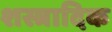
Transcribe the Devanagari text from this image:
शस्त्रादिक